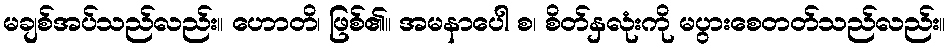
မချစ်အပ်သည်လည်း။ ဟောတိ၊ ဖြစ်၏။ အမနာပေါ စ၊ စိတ်နှလုံးကို မပွားစေတတ်သည်လည်း။